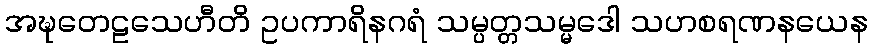
အဍ္ဎတေဠသေဟီတိ ဥပကာရိနဂရံ သမ္ပတ္တသမ္မဒေါ သဟစရဏနယေန